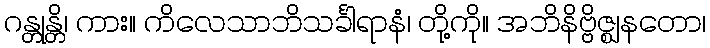
ဂန္တုန္တိ၊ ကား။ ကိလေသာဘိသင်္ခါရာနံ၊ တို့ကို။ အဘိနိဗ္ဗိဇ္ဈနတော၊